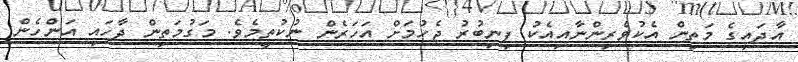
އާދައިގެ މަތިން އެކުވެރިންނާއިއެކު ފިނިބުރު ޖެހުމަށް އަހަރެން ނުކުތީމެވެ. މަގުމަތިން ދާހައި އަންހެން